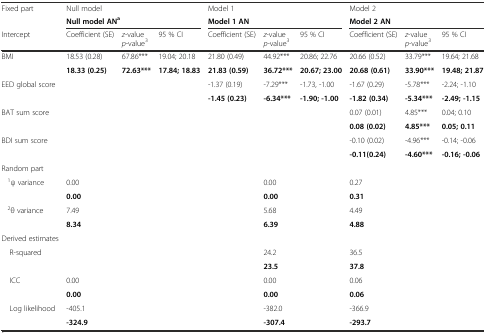
<table><thead><tr><td><b>Fixed part</b></td><td><b>Null model</b></td><td></td><td></td><td><b>Model 1</b></td><td></td><td></td><td><b>Model 2</b></td><td></td><td></td></tr><tr><td></td><td colspan="3"><b>Null modelAN<sup>a</sup></b></td><td colspan="3"><b>Model 1 AN</b></td><td colspan="3"><b>Model 2 AN</b></td></tr><tr><td><b>Intercept</b></td><td><b>Coefficient (SE)</b></td><td><b><i>z</i>-value <i>p</i>-value<sup>3</sup></b></td><td><b>95 % CI</b></td><td><b>Coefficient (SE)</b></td><td><b><i>z</i>-value <i>p</i>-value<sup>3</sup></b></td><td><b>95 % CI</b></td><td><b>Coefficient (SE)</b></td><td><b><i>z</i>-value <i>p</i>-value<sup>3</sup></b></td><td><b>95 % CI</b></td></tr></thead><tbody><tr><td rowspan="2">BMI</td><td>18.53 (0.28)</td><td>67.86***</td><td>19.04; 20.18</td><td>21.80 (0.49)</td><td>44.92***</td><td>20.86; 22.76</td><td>20.66 (0.52)</td><td>33.79***</td><td>19.64; 21.68</td></tr><tr><td><b>18.33 (0.25)</b></td><td><b>72.63***</b></td><td><b>17.84; 18.83</b></td><td><b>21.83 (0.59)</b></td><td><b>36.72***</b></td><td><b>20.67; 23.00</b></td><td><b>20.68 (0.61)</b></td><td><b>33.90***</b></td><td><b>19.48; 21.87</b></td></tr><tr><td rowspan="2">EED global score</td><td rowspan="2"></td><td rowspan="2"></td><td rowspan="2"></td><td>-1.37 (0.19)</td><td>-7.29***</td><td>-1.73, -1.00</td><td>-1.67 (0.29)</td><td>-5.78***</td><td>-2.24; -1.10</td></tr><tr><td><b>-1.45 (0.23)</b></td><td><b>-6.34***</b></td><td><b>-1.90; -1.00</b></td><td><b>-1.82 (0.34)</b></td><td><b>-5.34***</b></td><td><b>-2.49; -1.15</b></td></tr><tr><td rowspan="2">BAT sum score</td><td rowspan="2"></td><td rowspan="2"></td><td rowspan="2"></td><td rowspan="2"></td><td rowspan="2"></td><td rowspan="2"></td><td>0.07 (0.01)</td><td>4.85***</td><td>0.04; 0.10</td></tr><tr><td><b>0.08 (0.02)</b></td><td><b>4.85***</b></td><td><b>0.05; 0.11</b></td></tr><tr><td rowspan="2">BDI sum score</td><td rowspan="2"></td><td rowspan="2"></td><td rowspan="2"></td><td rowspan="2"></td><td rowspan="2"></td><td rowspan="2"></td><td>-0.10 (0.02)</td><td>-4.96***</td><td>-0.14; -0.06</td></tr><tr><td><b>-0.11(0.24)</b></td><td><b>-4.60***</b></td><td><b>-0.16; -0.06</b></td></tr><tr><td>Random part</td><td></td><td></td><td></td><td></td><td></td><td></td><td></td><td></td><td></td></tr><tr><td rowspan="2"><sup>1</sup>ψ variance</td><td>0.00</td><td rowspan="2"></td><td rowspan="2"></td><td rowspan="2"></td><td>0.00</td><td rowspan="2"></td><td>0.27</td><td rowspan="2"></td><td rowspan="2"></td></tr><tr><td><b>0.00</b></td><td><b>0.00</b></td><td><b>0.31</b></td></tr><tr><td rowspan="2"><sup>2</sup>θ variance</td><td>7.49</td><td rowspan="2"></td><td rowspan="2"></td><td rowspan="2"></td><td>5.68</td><td rowspan="2"></td><td>4.49</td><td rowspan="2"></td><td rowspan="2"></td></tr><tr><td><b>8.34</b></td><td><b>6.39</b></td><td><b>4.88</b></td></tr><tr><td>Derived estimates</td><td></td><td></td><td></td><td></td><td></td><td></td><td></td><td></td><td></td></tr><tr><td rowspan="2">R-squared</td><td rowspan="2"></td><td rowspan="2"></td><td rowspan="2"></td><td rowspan="2"></td><td>24.2</td><td rowspan="2"></td><td>36.5</td><td rowspan="2"></td><td rowspan="2"></td></tr><tr><td><b>23.5</b></td><td><b>37.8</b></td></tr><tr><td rowspan="2">ICC</td><td>0.00</td><td rowspan="2"></td><td rowspan="2"></td><td rowspan="2"></td><td>0.00</td><td rowspan="2"></td><td>0.06</td><td rowspan="2"></td><td rowspan="2"></td></tr><tr><td><b>0.00</b></td><td><b>0.00</b></td><td><b>0.06</b></td></tr><tr><td rowspan="2">Log likelihood</td><td>-405.1</td><td rowspan="2"></td><td rowspan="2"></td><td rowspan="2"></td><td>-382.0</td><td rowspan="2"></td><td>-366.9</td><td rowspan="2"></td><td rowspan="2"></td></tr><tr><td><b>-324.9</b></td><td><b>-307.4</b></td><td><b>-293.7</b></td></tr></tbody></table>